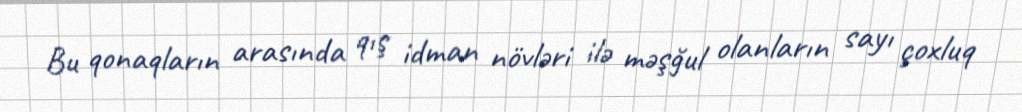
Bu qonaqların arasında qış idman növləri ilə məşğul olanların sayı çoxluq